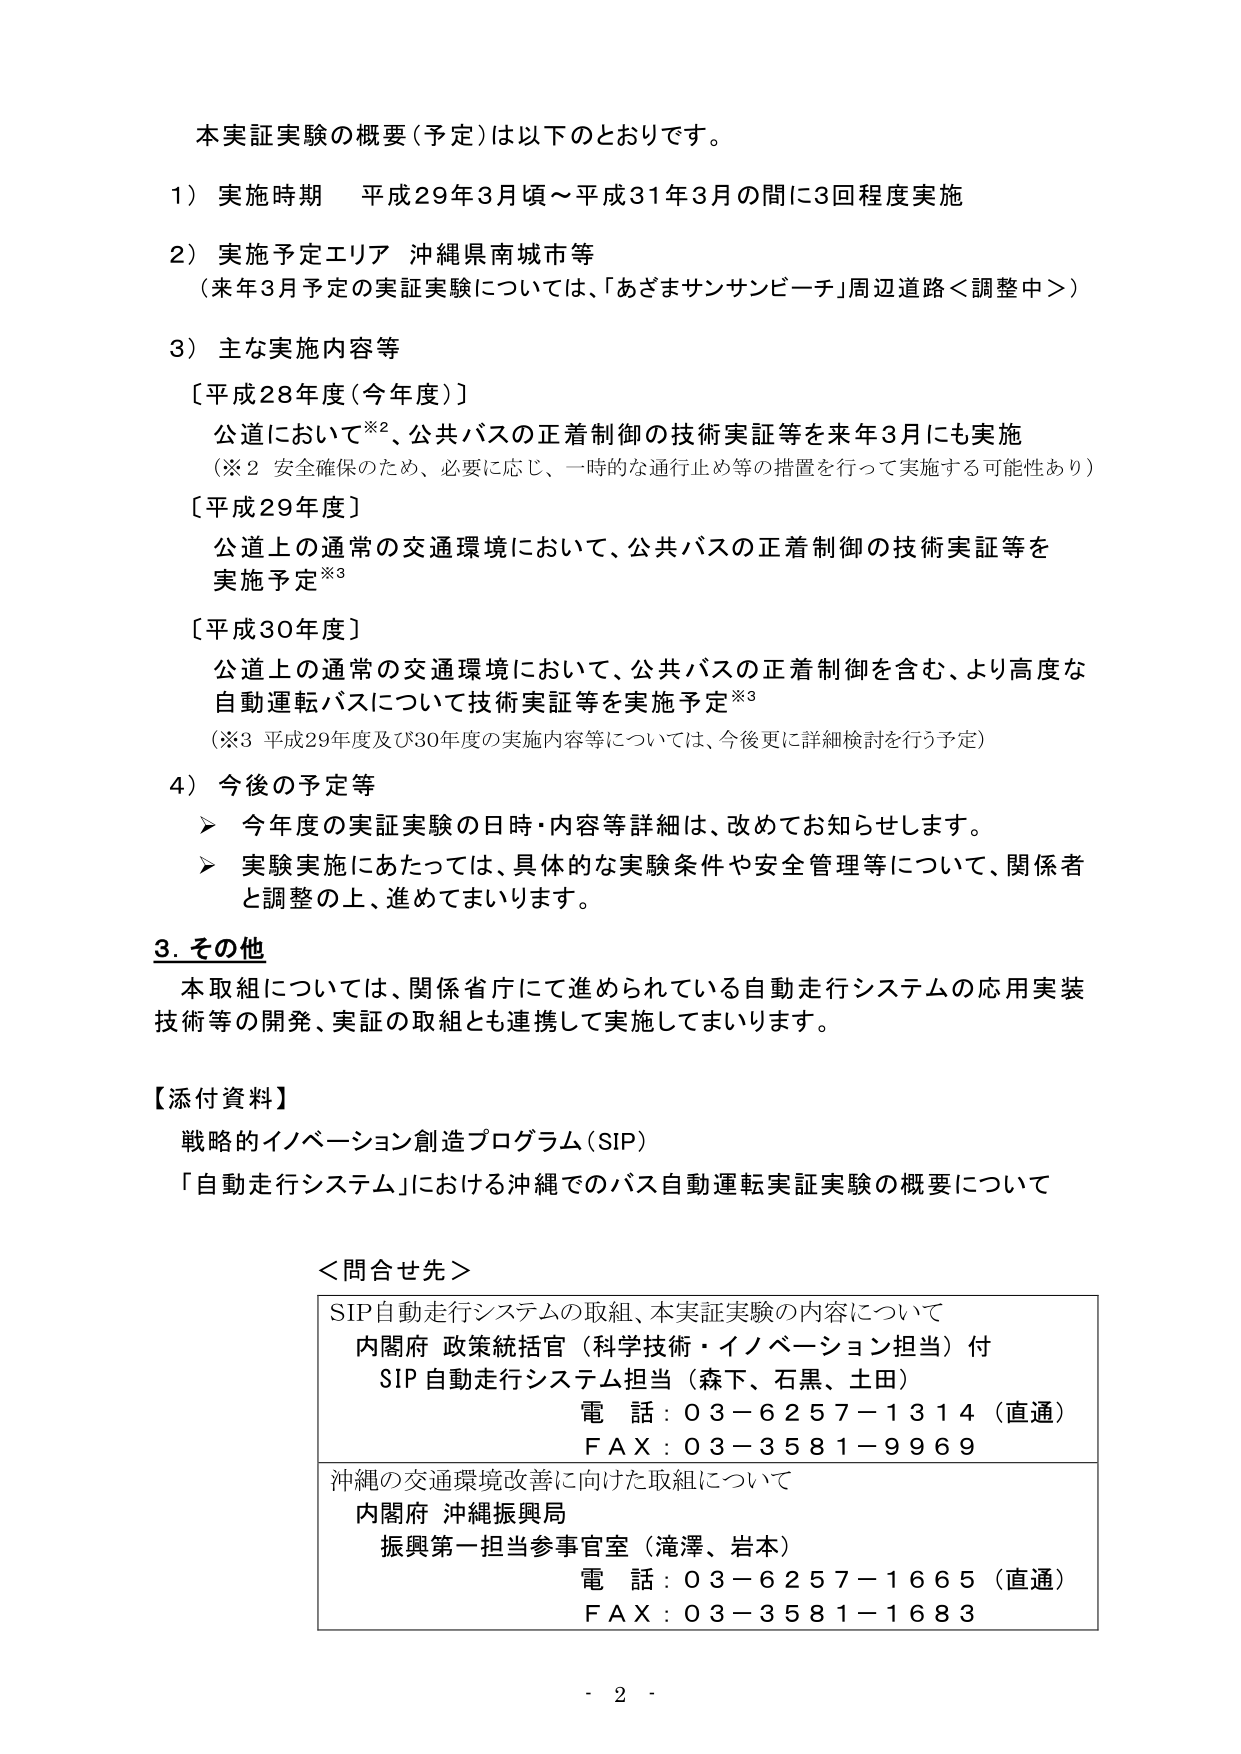
本実証実験の概要（予定）は以下のとおりです。

1）実施時期　平成29年3月頃～平成31年3月の間に3回程度実施

2）実施予定エリア　沖縄県南城市等
（来年3月予定の実証実験については、「あざまサンサンビーチ」周辺道路＜調整中＞）

3）主な実施内容等
［平成28年度（今年度）］
　公道において※2、公共バスの正着制御の技術実証等を来年3月にも実施
　（※2 安全確保のため、必要に応じ、一時的な通行止め等の措置を行って実施する可能性あり）
［平成29年度］
　公道上の通常の交通環境において、公共バスの正着制御の技術実証等を
　実施予定※3
［平成30年度］
　公道上の通常の交通環境において、公共バスの正着制御を含む、より高度な
　自動運転バスについて技術実証等を実施予定※3
　（※3 平成29年度及び30年度の実施内容等については、今後更に詳細検討を行う予定）

4）今後の予定等
　➤ 今年度の実証実験の日時・内容等詳細は、改めてお知らせします。
　➤ 実験実施にあたっては、具体的な実験条件や安全管理等について、関係者
　　と調整の上、進めてまいります。

3. その他
　本取組については、関係省庁にて進められている自動走行システムの応用実装
　技術等の開発、実証の取組とも連携して実施してまいります。

【添付資料】
　戦略的イノベーション創造プログラム（SIP）
　「自動走行システム」における沖縄でのバス自動運転実証実験の概要について

＜問合せ先＞
SIP自動走行システムの取組、本実証実験の内容について
　内閣府 政策統括官（科学技術・イノベーション担当）付
　SIP 自動走行システム担当（森下、石黒、土田）
　電話：03－6257－1314（直通）
　FAX：03－3581－9969

沖縄の交通環境改善に向けた取組について
　内閣府 沖縄振興局
　振興第一担当参事官室（滝澤、岩本）
　電話：03－6257－1665（直通）
　FAX：03－3581－1683

- 2 -